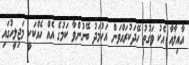
އާއިލާއާ އެކު ވަގުތު ހޭދަކުރައްވަން އަހުމަދު ބޭނުންވާ ކަމުގެ އެއް ހެއްކަކީ މަޖިލީހުގައި